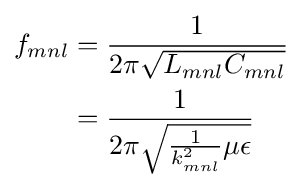
{\begin{aligned}f_{mnl}&={\frac {1}{2\pi {\sqrt {L_{mnl}C_{mnl}}}}}\\&={\frac {1}{2\pi {\sqrt {{\frac {1}{k_{mnl}^{2}}}\mu \epsilon }}}}\end{aligned}}